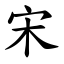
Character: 宋